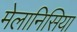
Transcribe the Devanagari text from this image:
मेलानिसिया